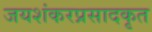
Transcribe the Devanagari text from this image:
जयशंकरप्रसादकृत